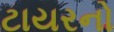
ટાયરનો